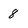
Character: 8